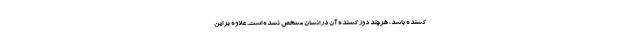
کشنده باشد، هرچند دوز کشنده آن در انسان مشخص نشده است. علاوه بر این